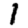
Digit: 1